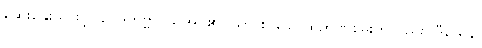
ဆွေးနွေးသဖြင့်။ ဝေဒိတဗ္ဗာ၊ သိအပ်၏။ သာ စ ခေါ၊ ထိုဉာဏ်စွမ်းကိုလည်း။ ဒီဃေန၊